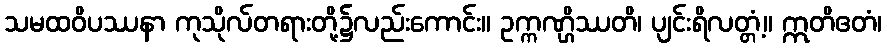
သမထဝိပဿနာ ကုသိုလ်တရားတို့၌လည်းကောင်း။ ဥက္ကဏ္ဌိဿတိ၊ ပျင်းရိလတ္တံ့။ ဣတိဧတံ၊